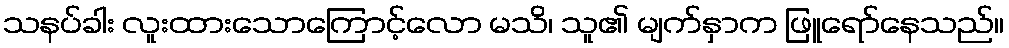
သနပ်ခါး လူးထားသောကြောင့်လော မသိ၊ သူ၏ မျက်နှာက ဖြူရော်နေသည်။